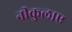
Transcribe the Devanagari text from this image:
नीकुलाए